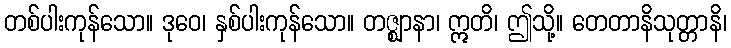
တစ်ပါးကုန်သော။ ဒုဝေ၊ နှစ်ပါးကုန်သော။ တဇ္ဈာနာ၊ ဣတိ၊ ဤသို့။ တေတာနိသုတ္တာနိ၊